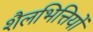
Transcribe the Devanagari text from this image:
शैलभित्तियों